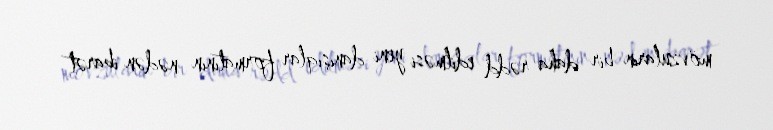
mövzuların bir daha rədd edilməsi yeni danışıqlar formatının nədən ibarət